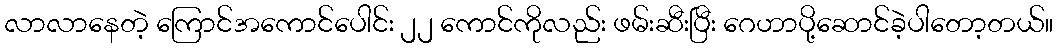
လာလာနေတဲ့ ကြောင်အကောင်ပေါင်း ၂၂ ကောင်ကိုလည်း ဖမ်းဆီးပြီး ဂေဟာပို့ဆောင်ခဲ့ပါတော့တယ်။